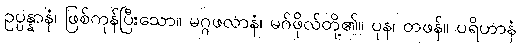
ဥပ္ပန္နာနံ၊ ဖြစ်ကုန်ပြီးသော။ မဂ္ဂဖလာနံ၊ မဂ်ဖိုလ်တို့၏။ ပုန၊ တဖန်။ ပရိဟာနံ